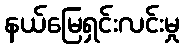
နယ်မြေရှင်းလင်းမှု